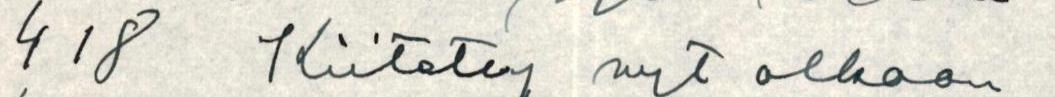
418 Kiitetty nyt olkoon